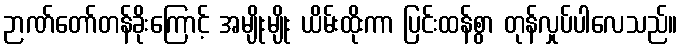
ဉာဏ်တော်တန်ခိုးကြောင့် အမျိုးမျိုး ယိမ်းထိုးကာ ပြင်းထန်စွာ တုန်လှုပ်ပါလေသည်။